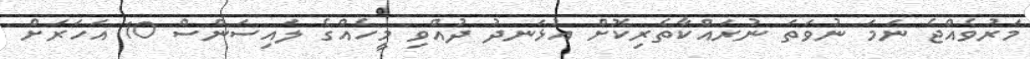
މަރުވެއްޖެ ނަމަ ނުވަތަ ނުރައްކާތެރިކޮށް އުޅަނދު ދުއްވި މީހެއްގެ ލައިސަންސް 10 އަހަރަށް